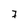
Character: 7